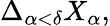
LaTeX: \displaystyle\Delta_{\alpha<\delta}X_{\alpha},